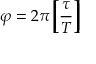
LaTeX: \varphi = 2 \pi \left[ \! \! \left[ { \frac { \tau } { T } } \right] \! \! \right]